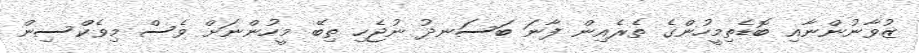
ޒުވާނުންނާއި ބޮޑެތިމީހުންގެ ތެރެއިން ފާނަ ބަސަނދު ނުޖެހި ތިބޭ މީހުންނަށް ވެސް މިވެކްސިން